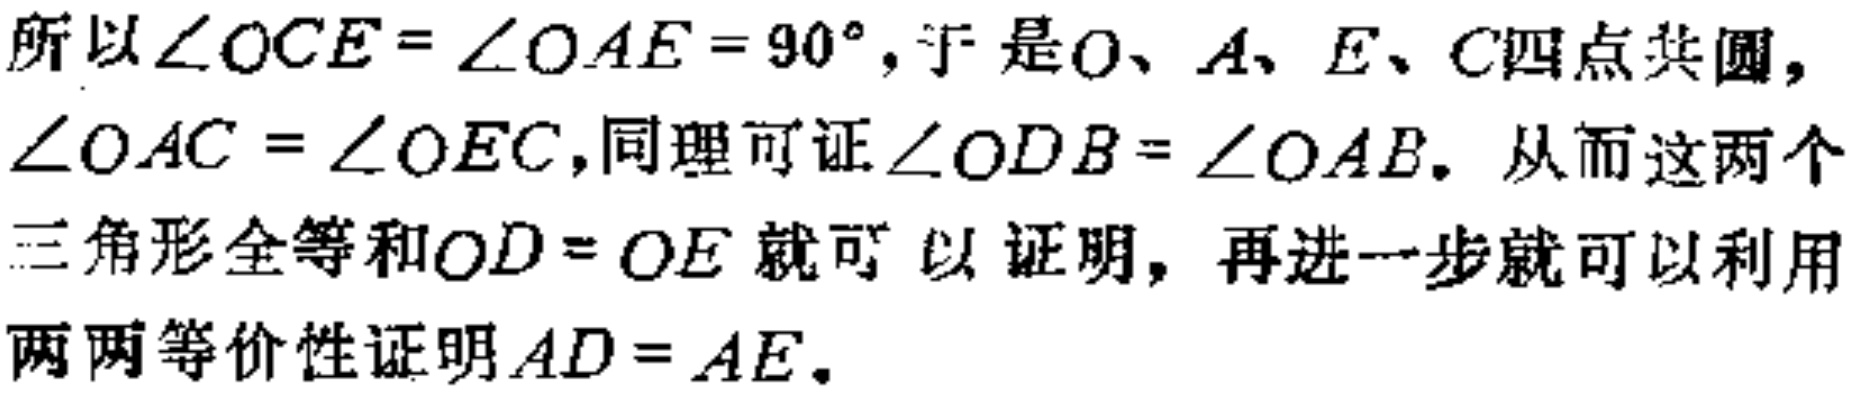
所以\(\angle OCE = \angle OAE = 90^{\circ}\)，于是\(O\)、\(A\)、\(E\)、\(C\)四点共圆，\(\angle OAC = \angle OEC\)，同理可证\(\angle ODB = \angle OAB\)。从而这两个三角形全等和\(OD = OE\)就可以证明，再进一步就可以利用两两等价性证明\(AD = AE\)。